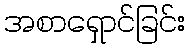
အစာရှောင်ခြင်း